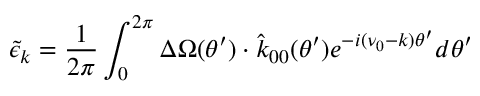
{ \tilde { \epsilon } } _ { k } = \frac { 1 } { 2 \pi } \int _ { 0 } ^ { 2 \pi } \Delta \Omega ( \theta ^ { \prime } ) \cdot \hat { k } _ { 0 0 } ( \theta ^ { \prime } ) e ^ { - i ( \nu _ { 0 } - k ) \theta ^ { \prime } } d \theta ^ { \prime }